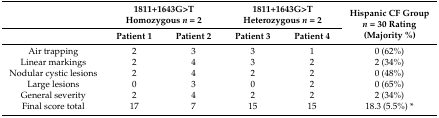
<table><thead><tr><td>[EMPTY_CELL]</td><td colspan="2"><b>1811+1643G&gt;T Homozygous <i>n</i> = 2</b></td><td colspan="2"><b>1811+1643G&gt;T Heterozygous <i>n</i> = 2</b></td><td rowspan="2"><b>Hispanic CF Group <i>n</i> = 30 Rating (Majority %)</b></td></tr><tr><td>[EMPTY_CELL]</td><td><b>Patient 1</b></td><td><b>Patient 2</b></td><td><b>Patient 3</b></td><td><b>Patient 4</b></td></tr></thead><tbody><tr><td>Air trapping</td><td>2</td><td>3</td><td>3</td><td>1</td><td>0 (62%)</td></tr><tr><td>Linear markings</td><td>2</td><td>4</td><td>3</td><td>2</td><td>2 (34%)</td></tr><tr><td>Nodular cystic lesions</td><td>2</td><td>4</td><td>2</td><td>2</td><td>0 (48%)</td></tr><tr><td>Large lesions</td><td>0</td><td>3</td><td>0</td><td>2</td><td>0 (65%)</td></tr><tr><td>General severity</td><td>2</td><td>4</td><td>2</td><td>2</td><td>2 (34%)</td></tr><tr><td>Final score total</td><td>17</td><td>7</td><td>15</td><td>15</td><td>18.3 (5.5%) *</td></tr></tbody></table>